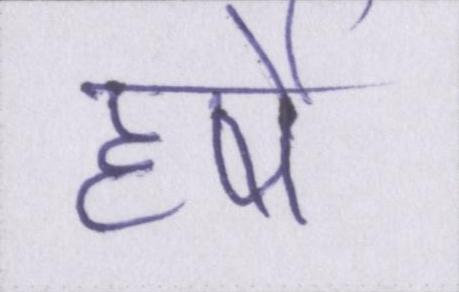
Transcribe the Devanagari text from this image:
हर्षे